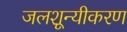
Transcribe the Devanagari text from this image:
जलशून्यीकरण